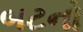
બટનો